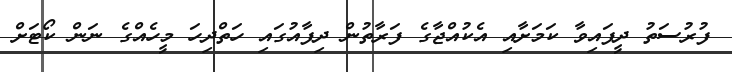
ފުރުސަތު ދީފައިވާ ކަމަށާއި އެކުއްޖާގެ ފަރާތުން ދިފާއުގައި ހަތްދިހަ މީހެއްގެ ނަން ކޯޓަށް